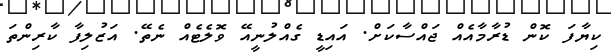
ކިޔާފަ ކޮން ޑުރާމާއެއް ޖައްސާކަށް. އައިޑީ ގެއްލުނީއޭ ވޮލެޓެއް ނެތޭ. އަޒުލިފާ ކާރިންތަ